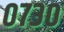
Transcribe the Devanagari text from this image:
०७३०